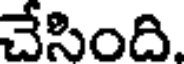
చేసింది.